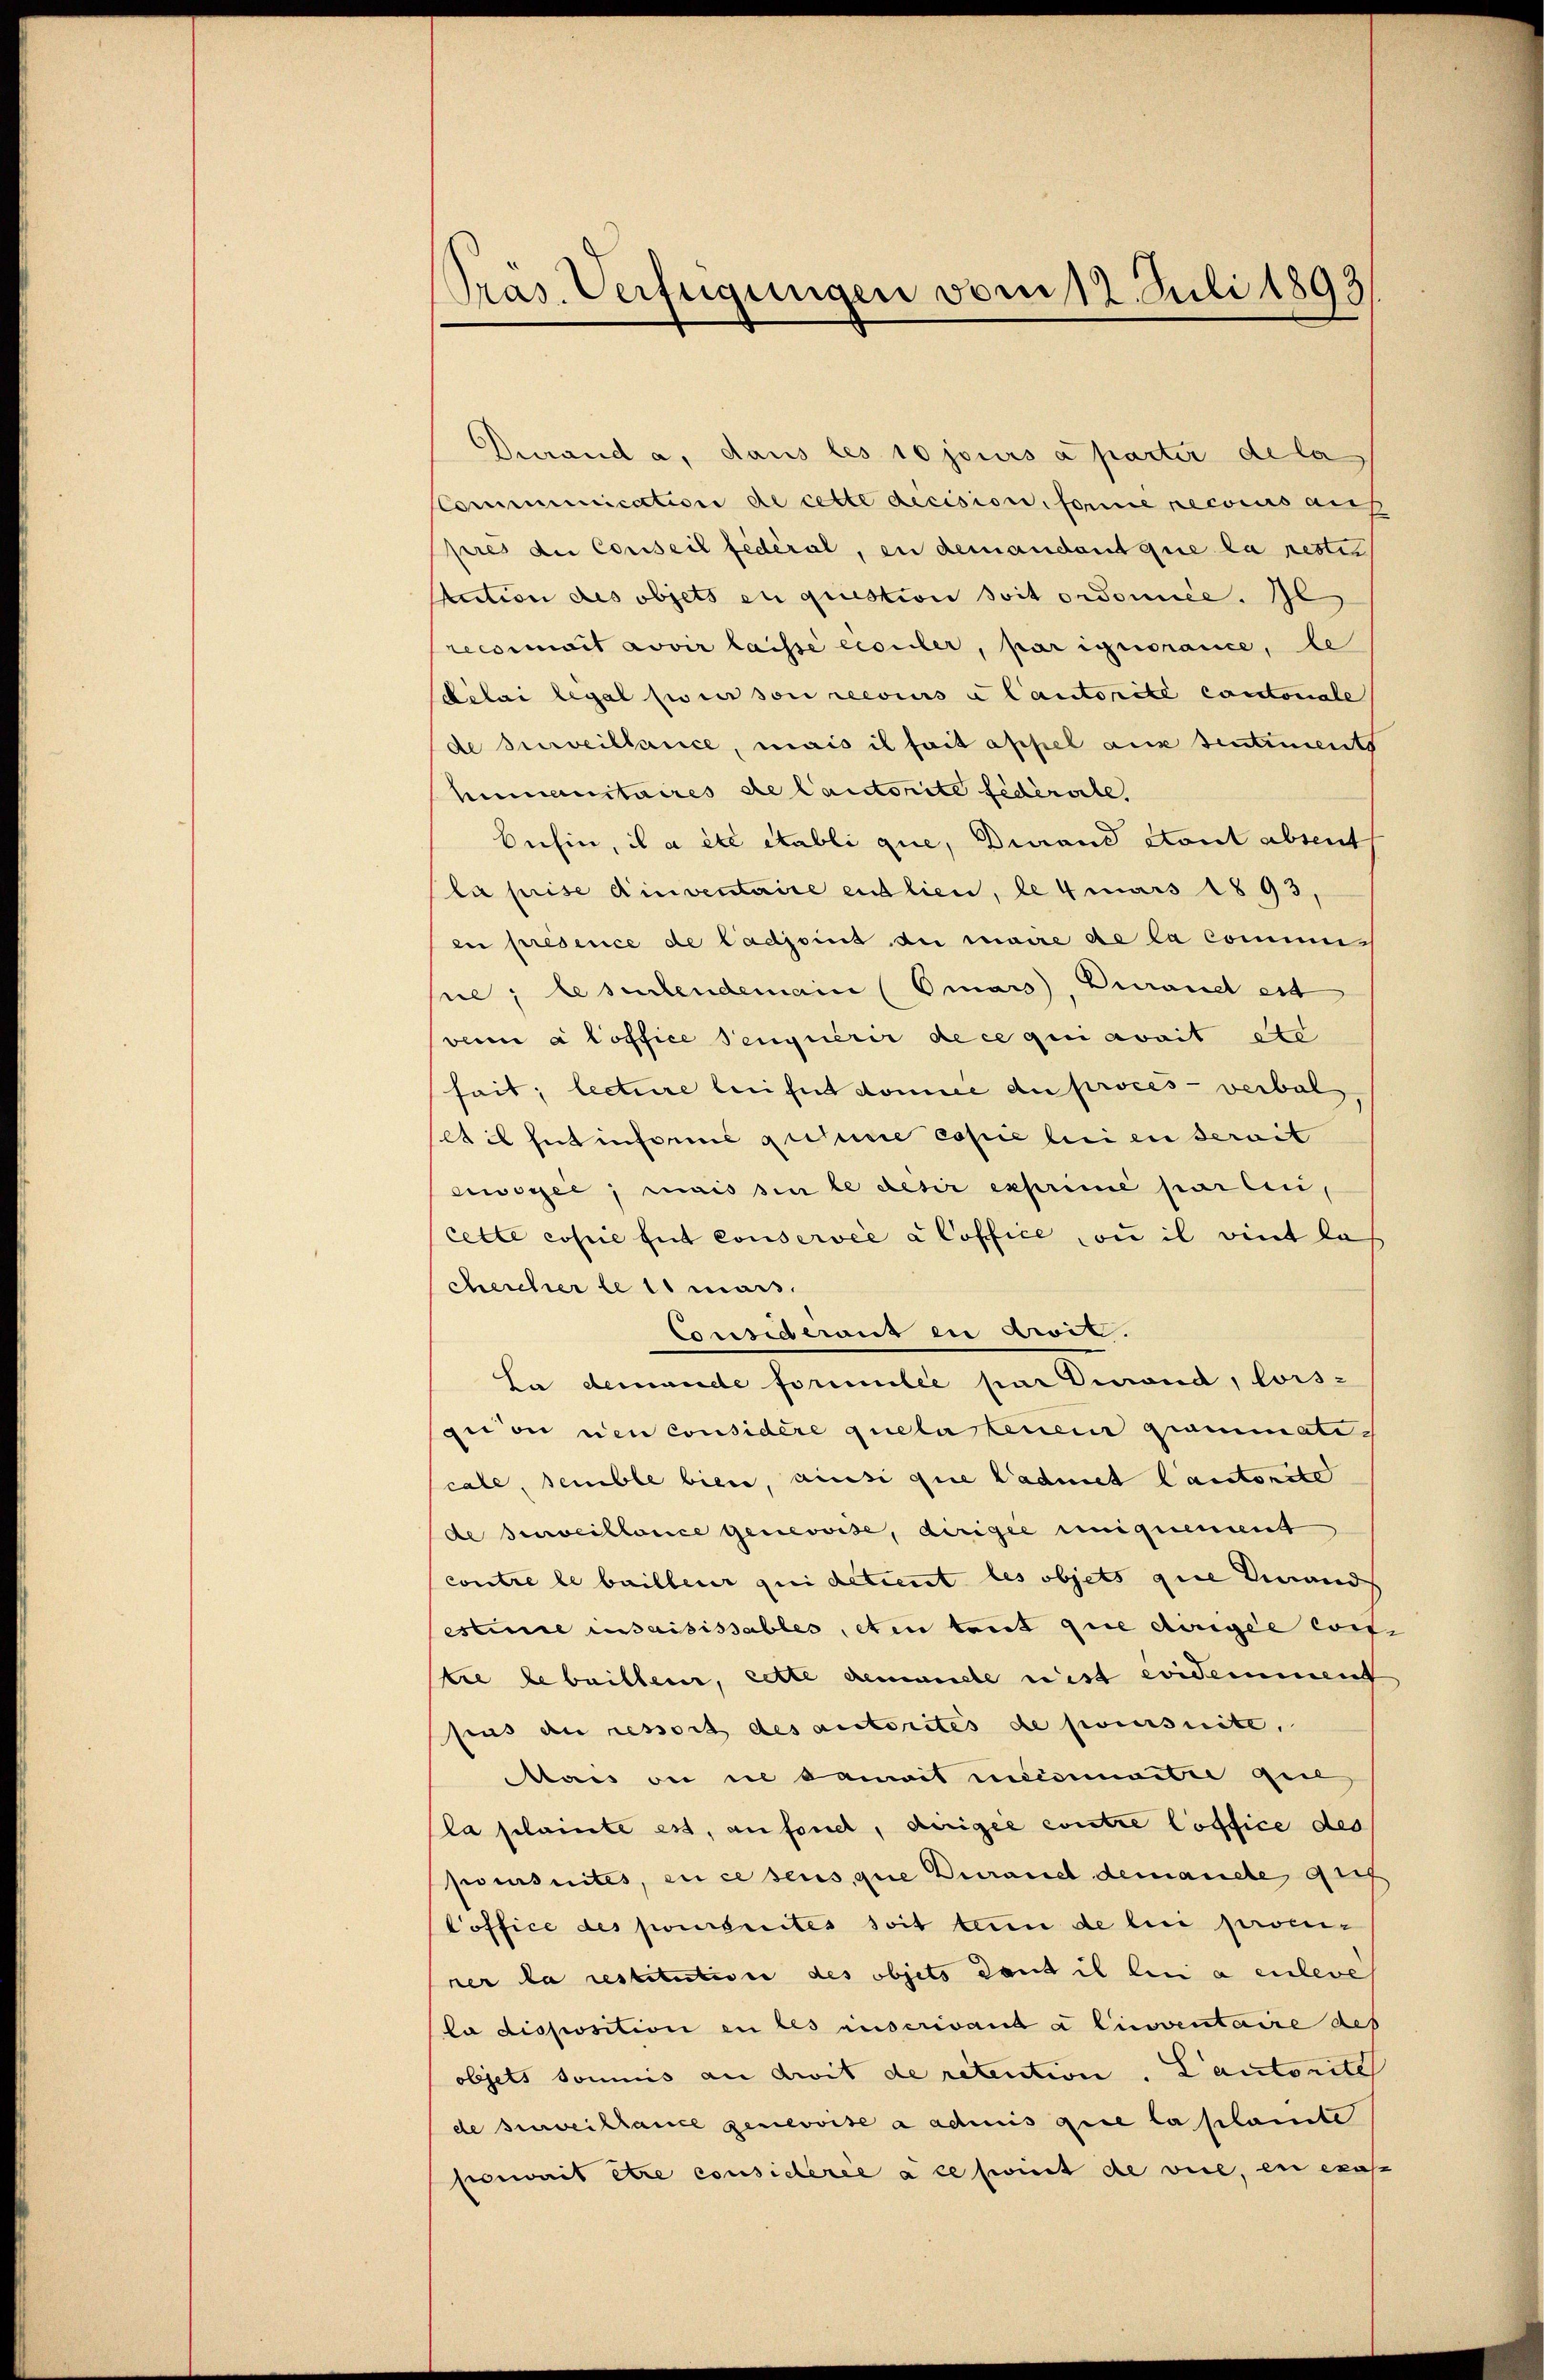
Pras. Verfügungen vom 12. Juli 1893

Durand a. dans les 10 jours a parter de la
Communication de cette decision, forme recours aus
pres die Conseil fédéral, in demandant que la restit
Auction des objets en question soit ordomice. Ge
recomit avoir laissé écouler, par ignorance, le
délai legal sur son reesius a lautorité cantonale
de surveillance, mais il fait appel aus Sentiments
humanitaires de Cautorite federate.
buhin, il a etc etabli que, Dierand etont absent
la prise dinventaire entlieu, le 4 mars 1893,
en présence de Cadjoint de maire de la commise; lesentendemain (Omars, Durand est
vei à Coffice Sengierer de ce qui avait etc
heit; lecture leifet domice du procès-verbal
Ail hat insommé qusure copie bei en dereit
oyee; mais sie le desir exprimé par lui,
cette copie tut conservée à Coffice ou il eint las
chercher le 11 mars.
Considerant en droit.
La demande forimilée par Divond, lors-
gion den considère quelatenen grammate-
cale, semble bien, ainsi que Ladmet l’autorito
de surveillence Genevoise, dirigie uniquement
contre le bailleur qui detient les objets quee einand
estine insaisissables, et entrut que dirigée cois
tre bebaillen, cette demande ist evidemment
heus an ressort des autorites de poursuite.
Mais ou in damit meisenartie gel
la plainte est, anfond, dirigée contre loffice des
poursuites, en ce sens, que durand demandte gef
Poffice des poursuites soit ten de lui procur
rer la restitutione des objets dant il den a enleve
la disposition en les auserivant a linventaire des
objets soumis an droit de retention. Cantonite
de surveillance genevoise a admis que la plante
porait être considérée a cessint de vice, en exas